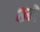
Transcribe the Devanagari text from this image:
८मे